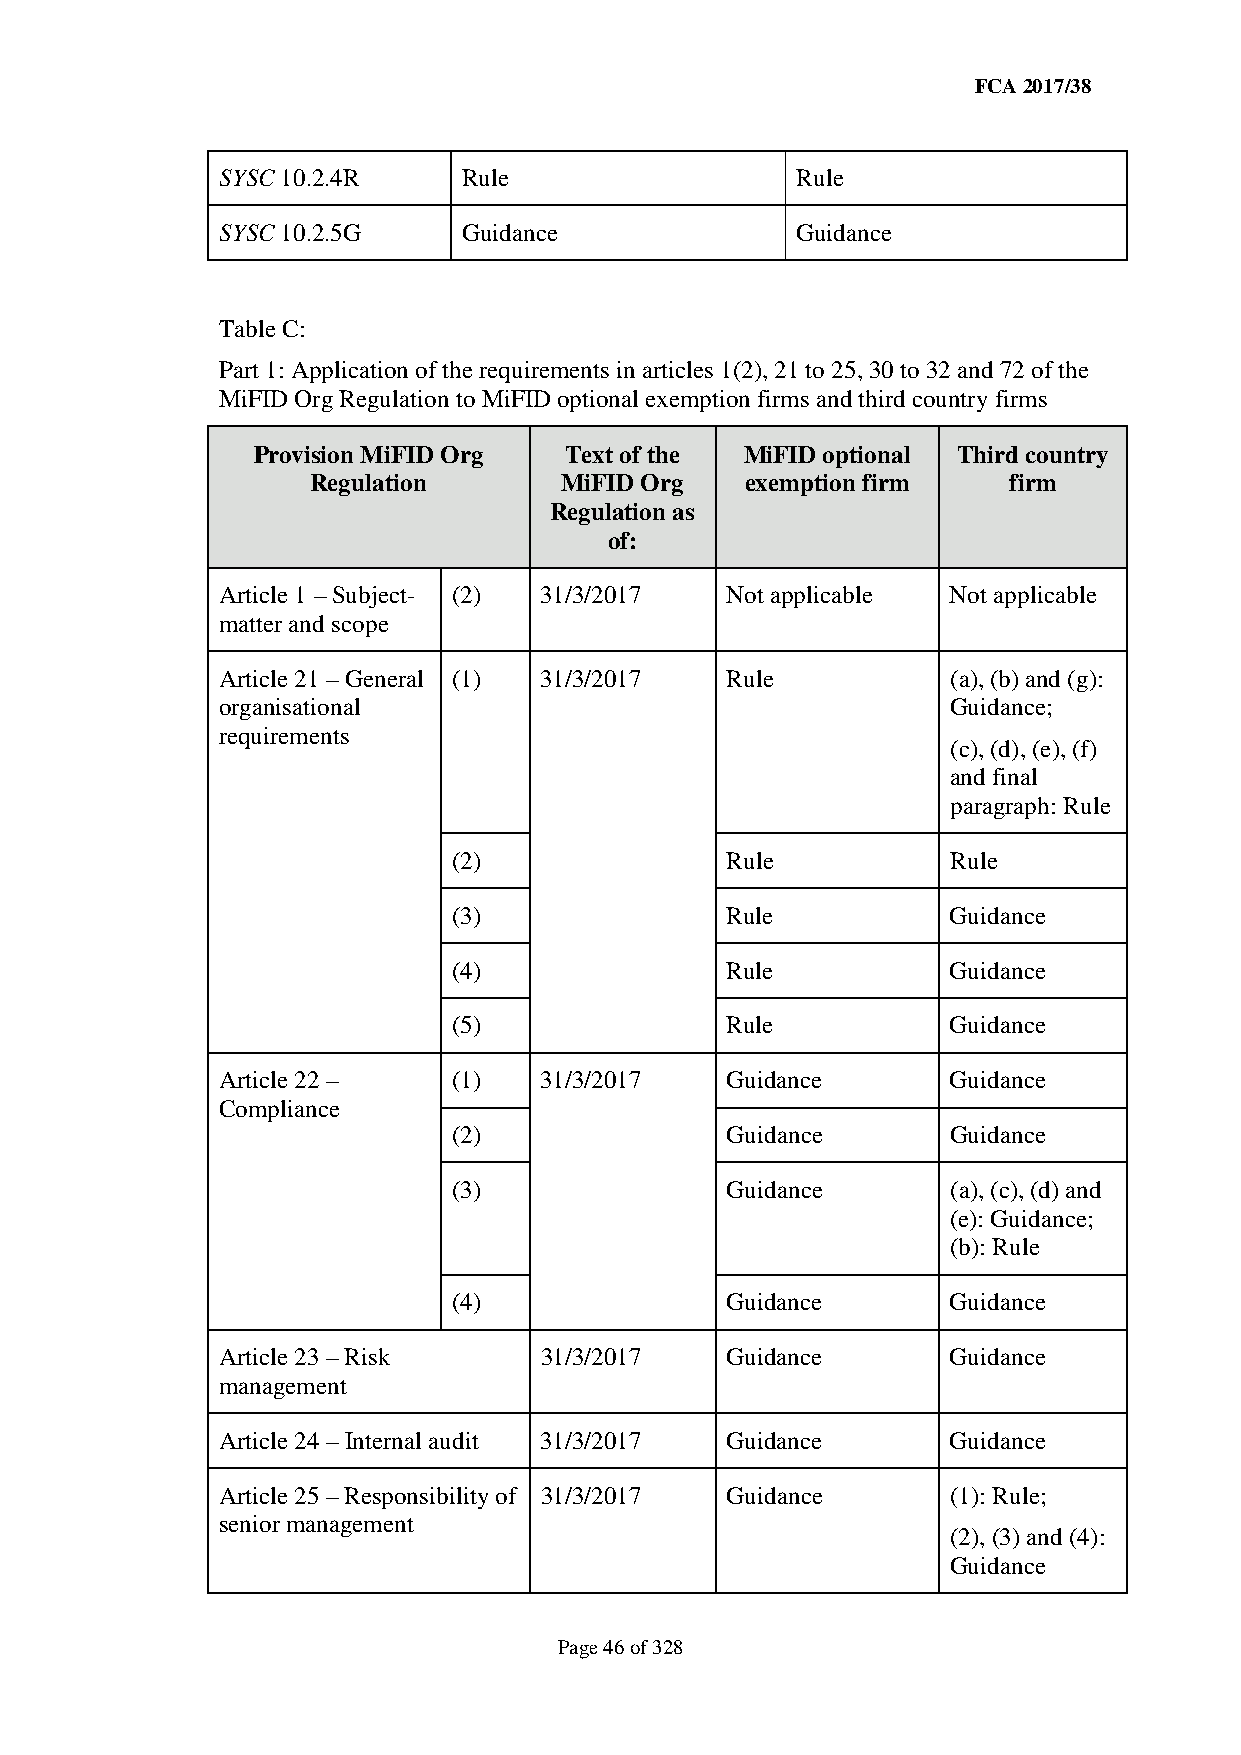
FCA 2017/38
 SYSC 10.2.4R    Rule                  Rule
 SYSC 10.2.5G    Guidance              Guidance
 Table C:
 Part 1: Application of the requirements in articles 1(2), 21 to 25, 30 to 32 and 72 of the
 MiFID Org Regulation to MiFID optional exemption firms and third country firms
 Provision MiFID Org Text of the MiFID optional Third country
 Regulation      MiFID Org   exemption firm    firm
 Regulation as
 of:
 Article 1 – Subject- (2) 31/3/2017 Not applicable Not applicable
 matter and scope
 Article 21 – General (1) 31/3/2017 Rule         (a), (b) and (g):
 organisational                                  Guidance;
 requirements
 (c), (d), (e), (f)
 and final
 paragraph: Rule
 (2)               Rule           Rule
 (3)               Rule           Guidance
 (4)               Rule           Guidance
 (5)               Rule           Guidance
 Article 22 –   (1)   31/3/2017   Guidance       Guidance
 Compliance
 (2)               Guidance       Guidance
 (3)               Guidance       (a), (c), (d) and
 (e): Guidance;
 (b): Rule
 (4)               Guidance       Guidance
 Article 23 – Risk    31/3/2017   Guidance       Guidance
 management
 Article 24 – Internal audit 31/3/2017 Guidance  Guidance
 Article 25 – Responsibility of 31/3/2017 Guidance (1): Rule;
 senior management
 (2), (3) and (4):
 Guidance
 Page 46 of 328